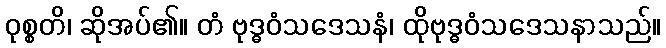
ဝုစ္စတိ၊ ဆိုအပ်၏။ တံ ဗုဒ္ဓဝံသဒေသနံ၊ ထိုဗုဒ္ဓဝံသဒေသနာသည်။